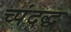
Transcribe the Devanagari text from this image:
च्पंदद्ध